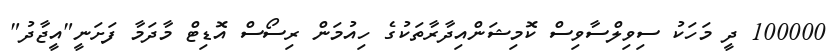
100000 ދީ މަހަކު ސިވިލްސާވިސް ކޮމިޝަންއިދާރާތަކުގެ ހިއުމަން ރިސޯސް އޮޑިޓް މާދަމާ ފަށަނީ"އީޖާދު"